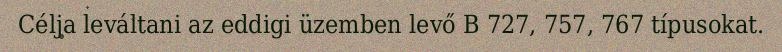
Célja leváltani az eddigi üzemben levő B 727, 757, 767 típusokat.